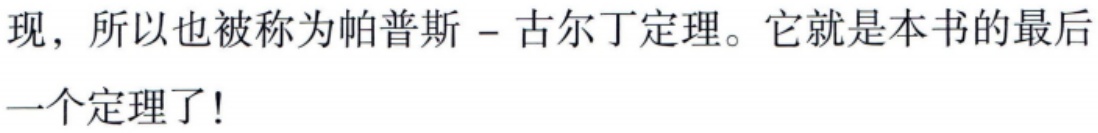
现，所以也被称为帕普斯 -- 古尔丁定理。它就是本书的最后
一个定理了!